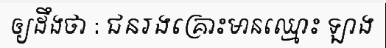
ឲ្យដឹងថា : ជនរងគ្រោះមានឈ្មោះ ឡាង